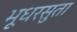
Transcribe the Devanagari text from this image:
भूधरसुता